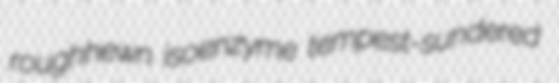
roughhewn isoenzyme tempest-sundered